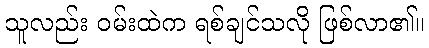
သူလည်း ဝမ်းထဲက ရစ်ချင်သလို ဖြစ်လာ၏။